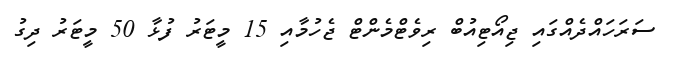
ސަރަހައްދެއްގައި ޖިއޯޓިއުބް ރިވެޓްމެންޓް ޖެހުމާއި 15 މީޓަރު ފުޅާ 50 މީޓަރު ދިގު